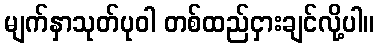
မျက်နှာသုတ်ပုဝါ တစ်ထည်ငှားချင်လို့ပါ။